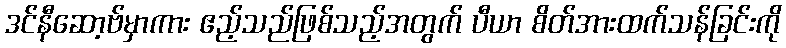
ဒင်နီဆော့ဗ်မှာကား ဧည့်သည်ဖြစ်သည့်အတွက် ပီယာ စိတ်အားထက်သန်ခြင်းကို